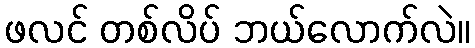
ဖလင် တစ်လိပ် ဘယ်လောက်လဲ။